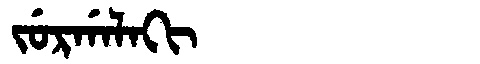
Manchu: ᠵᡠᡵᡤᠠᠯᠠᡴᡳ
Romanization: JURGALAKI